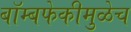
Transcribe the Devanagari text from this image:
बॉम्बफेकीमुळेच